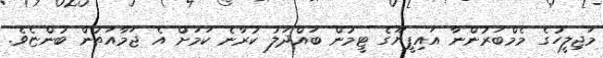
މަޖިލީހުގެ މެމްބަރުންނާ އައިޕީޔޫގެ ޓީމުން ބައްދަލު ކުރާނެ ކަމަށް އެ ޖަމާއަތުން ބުންޏެވެ.